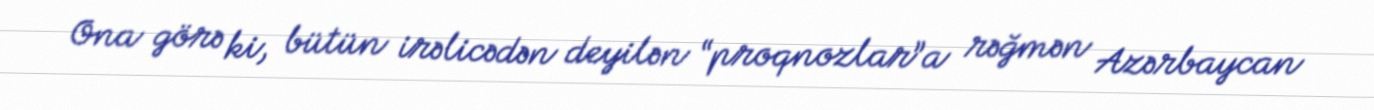
Ona görə ki, bütün irəlicədən deyilən “proqnozlar”a rəğmən Azərbaycan